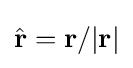
{\hat {\mathbf {r} }}=\mathbf {r} /|\mathbf {r} |